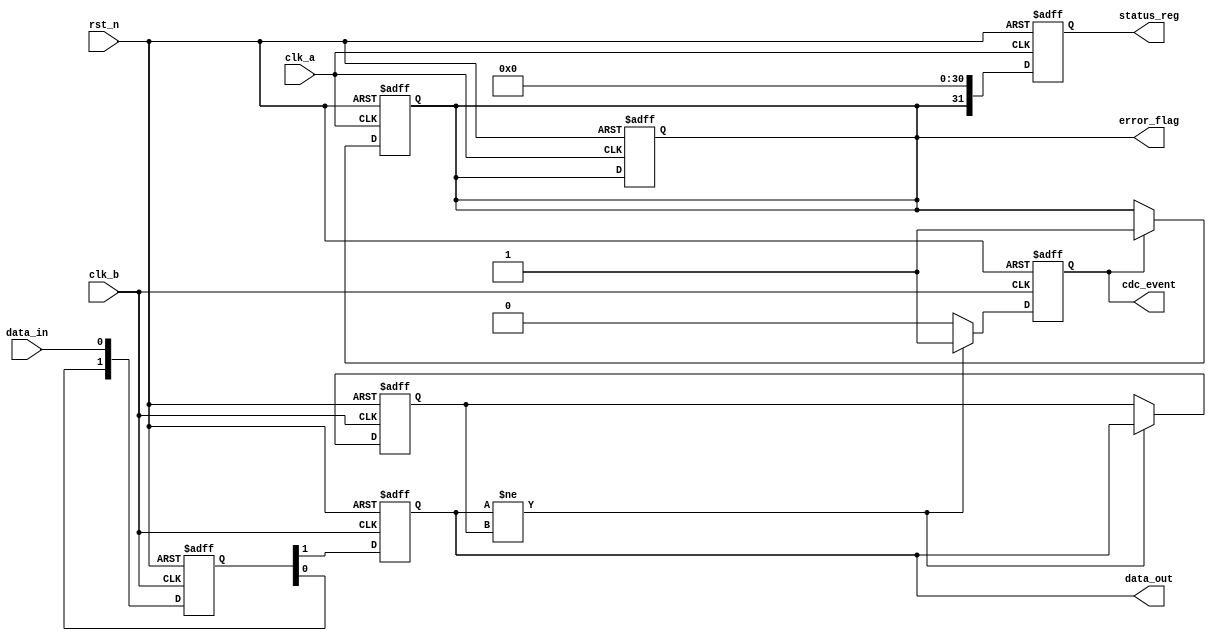
module cdc_detector (
    input wire clk_a,           // Clock domain A
    input wire clk_b,           // Clock domain B
    input wire rst_n,           // Asynchronous active-low reset
    input wire data_in,         // Data input in clk_a domain
    output reg data_out,        // Synchronized data output in clk_b domain
    output reg cdc_event,       // CDC event flag
    output reg error_flag,      // Error flag indicating potential CDC issue
    output reg [31:0] status_reg // Status register
);

    // Internal registers
    reg data_out_prev;          // Previous value of data_out
    reg [1:0] sync_ff;          // Two-stage synchronizer

    // Synchronization logic in clk_b domain
    always @(posedge clk_b or negedge rst_n) begin
        if (!rst_n) begin
            sync_ff <= 2'b00;
            data_out <= 1'b0;
        end else begin
            sync_ff[0] <= data_in;          // First stage
            sync_ff[1] <= sync_ff[0];       // Second stage
            data_out <= sync_ff[1];         // Synchronized output
        end
    end

    // CDC detection logic
    always @(posedge clk_b or negedge rst_n) begin
        if (!rst_n) begin
            data_out_prev <= 1'b0;
            cdc_event <= 1'b0;
        end else begin
            // Detect change in synchronized data
            if (data_out != data_out_prev) begin
                cdc_event <= 1'b1;           // Event detected
                data_out_prev <= data_out;   // Update previous value
            end else begin
                cdc_event <= 1'b0;           // No event
            end
        end
    end

    // Error flagging logic in clk_a domain
    always @(posedge clk_a or negedge rst_n) begin
        if (!rst_n) begin
            error_flag <= 1'b0;
            status_reg <= 32'b0;
        end else begin
            if (cdc_event) begin
                error_flag <= 1'b1;          // Set error flag on CDC event
            end
            // Update status register (example: store error flag and timestamp)
            status_reg <= {error_flag, 31'b0}; // Placeholder for timestamp
        end
    end

    // Resetting error flag based on some condition (example: reading status)
    always @(posedge clk_a or negedge rst_n) begin
        if (!rst_n) begin
            error_flag <= 1'b0;
        end else begin
            // Reset error flag logic can be implemented here
            // For example, reset when status_reg is read
        end
    end

endmodule